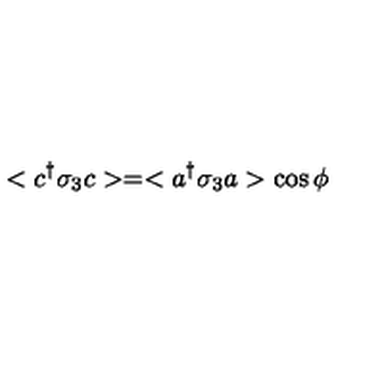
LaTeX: < c ^ { \dag } \sigma _ { 3 } c > = < a ^ { \dag } \sigma _ { 3 } a > \cos \phi